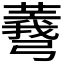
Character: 𢐯